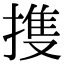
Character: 㨦